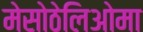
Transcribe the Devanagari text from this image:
मेसोठेलिओमा